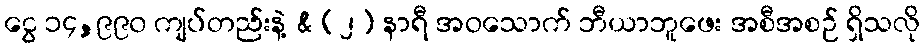
ငွေ ၁၄,၉၉၀ ကျပ်တည်းနဲ့ & (၂) နာရီ အဝသောက် ဘီယာဘူဖေး အစီအစဉ် ရှိသလို